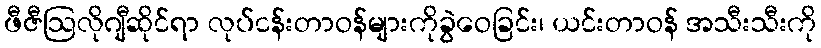
ဖီဇီဩလိုဂျီဆိုင်ရာ လုပ်ငန်းတာဝန်များကိုခွဲဝေခြင်း၊ ယင်းတာဝန် အသီးသီးကို